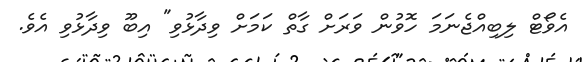
އެވޯޓް ލިބިއްޖެނަމަ ހޮވުން ވަރަށް ގާތް ކަމަށް ވިދާޅުވި" އިބޫ ވިދާޅުވި އެވެ.